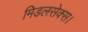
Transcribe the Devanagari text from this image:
मिडलसेक्स।